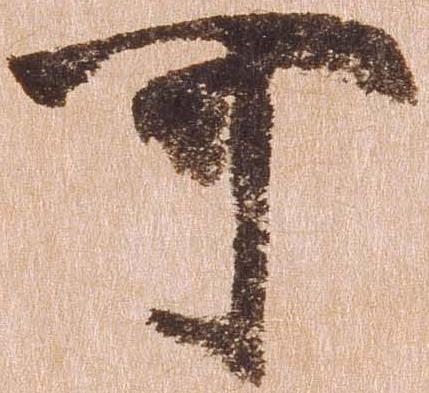
可